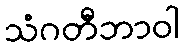
သံဂတီဘာဝါ